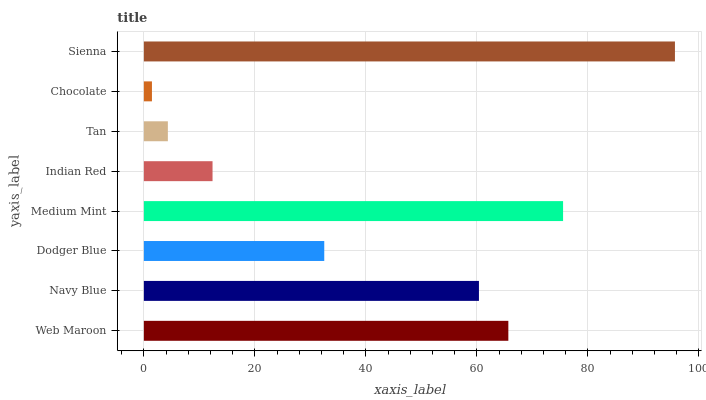
| yaxis_label | bars |
 | --- | --- |
 | Web Maroon | 65.7 |
 | Navy Blue | 60.4 |
 | Dodger Blue | 32.5 |
 | Medium Mint | 75.5 |
 | Indian Red | 12.4 |
 | Tan | 4.32 |
 | Chocolate | 1.46 |
 | Sienna | 95.7 |